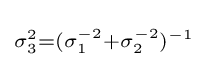
\scriptstyle \sigma _{3}^{2}=(\scriptstyle \sigma _{1}^{-2}+\scriptstyle \sigma _{2}^{-2})^{-1}